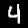
Digit: 4